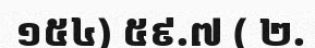
១៥៤) ៥៩.៧ ( ២.